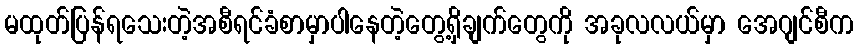
မထုတ်ပြန်ရသေးတဲ့အစီရင်ခံစာမှာပါနေတဲ့တွေ့ရှိချက်တွေကို အခုလလယ်မှာ အေဂျင်စီက